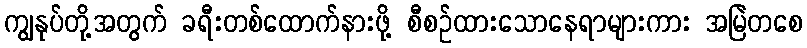
ကျွနုပ်တို့အတွက် ခရီးတစ်ထောက်နားဖို့ စီစဉ်ထားသောနေရာများကား အမြဲတစေ